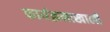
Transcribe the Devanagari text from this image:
कार्यक्रमाखाली